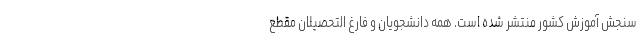
سنجش آموزش کشور منتشر شده است. همه دانشجویان و فارغ التحصیلان مقطع